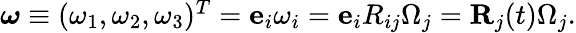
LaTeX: \begin{array}{r}{{\boldsymbol\omega}\equiv(\omega_{1},\omega_{2},\omega_{3})^{T}={\mathbf e}_{i}\omega_{i}={\mathbf e}_{i}R_{ij}\Omega_{j}={\mathbf R}_{j}(t)\Omega_{j}.}\end{array}